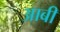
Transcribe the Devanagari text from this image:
आबी